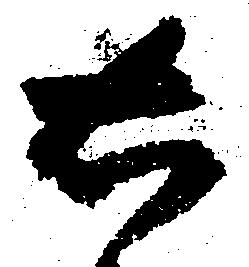
右